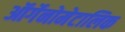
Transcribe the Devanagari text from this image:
ऑर्गेनोमेटालिक